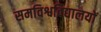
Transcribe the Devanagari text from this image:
समविश्वविद्यालयों